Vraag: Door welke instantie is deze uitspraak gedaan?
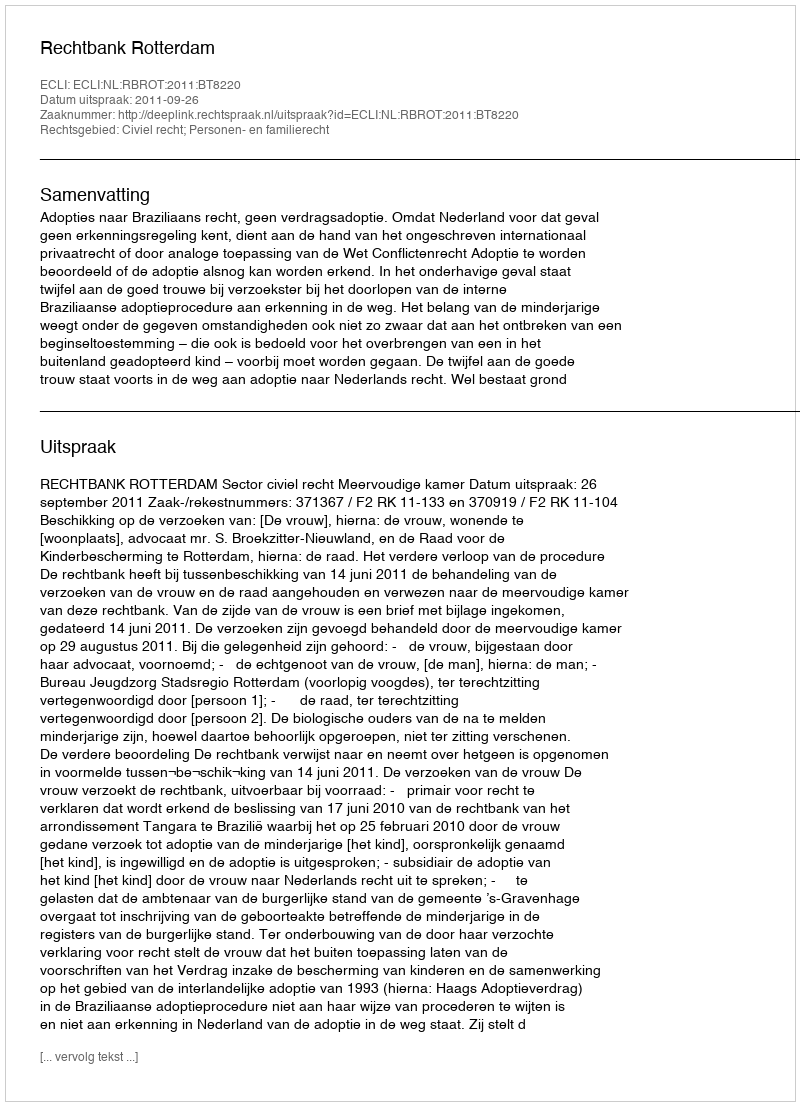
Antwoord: Rechtbank Rotterdam